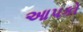
આપકો